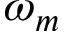
\omega _ { m }